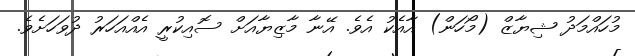
މުހައްމަދު ޝިޔާޒް (މޯހަން) އާއެކު އެވެ. އޭނާ މާޒިޔާއަށް ސޮއިކުރީ އެއްއަހަރު ދުވަަހަށެވެ.